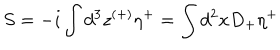
LaTeX: S = - i \int d ^ { 3 } z ^ { ( + ) } \eta ^ { + } = \int d ^ { 2 } x D _ { + } \eta ^ { + }